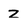
Character: z